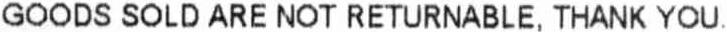
GOODS SOLD ARE NOT RETURNABLE, THANK YOU.